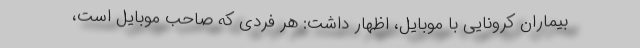
بیماران کرونایی با موبایل، اظهار داشت: هر فردی که صاحب موبایل است،